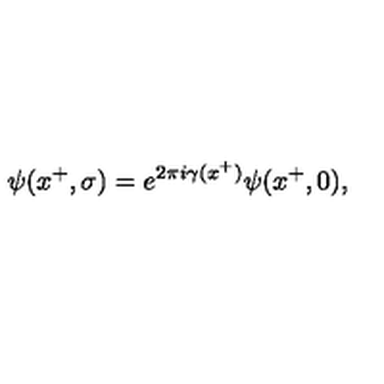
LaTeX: \psi ( x ^ { + } , \sigma ) = e ^ { 2 \pi i \gamma ( x ^ { + } ) } \psi ( x ^ { + } , 0 ) ,